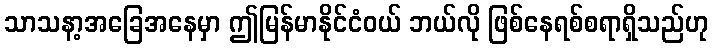
သာသနာ့အခြေအနေမှာ ဤမြန်မာနိုင်ငံဝယ် ဘယ်လို ဖြစ်နေရစ်စရာရှိသည်ဟု